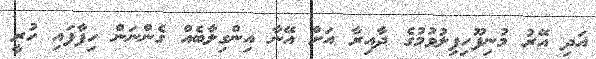
އަދި އޭރު މުނިފޫހިފިލުވުމުގެ ދާއިރާ އަށް އޭނާ އިންގިލާބެއް ގެންނަން ހިފާފައި ހުރީ